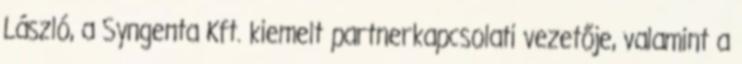
László, a Syngenta Kft. kiemelt partnerkapcsolati vezetője, valamint a